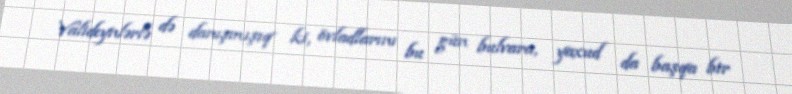
Valideynlərlə də danışmışıq ki, övladlarını bu gün bulvara, yaxud da başqa bir